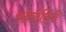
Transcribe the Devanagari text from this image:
प्रबरीतियों